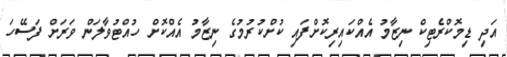
އަދި ޑިމޮކްރެޓިކް ނިޒާމު އެއްކައިރިކޮށްފައި ކުށްކުރުމުގެ ނިޒާމު އެއްކޮށް ހުއްޓުވާލަން ވަރަށް ފަސޭހަ